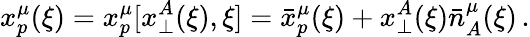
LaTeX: x_{p}^{\mu}(\xi)=x_{p}^{\mu}[x_{\perp}^{A}(\xi),\xi]=\bar{x}_{p}^{\mu}(\xi)+x_{\perp}^{A}(\xi)\bar{n}_{A}^{\mu}(\xi)\, .